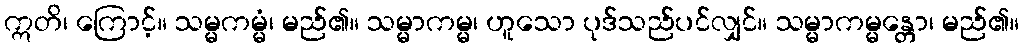
ဣတိ၊ ကြောင့်။ သမ္မကမ္မံ၊ မည်၏။ သမ္မာကမ္မ၊ ဟူသော ပုဒ်သည်ပင်လျှင်။ သမ္မာကမ္မန္တော၊ မည်၏။